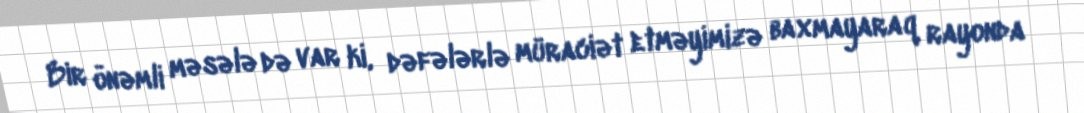
Bir önəmli məsələ də var ki, dəfələrlə müraciət etməyimizə baxmayaraq rayonda